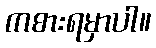
ကစားရမှာပါ။